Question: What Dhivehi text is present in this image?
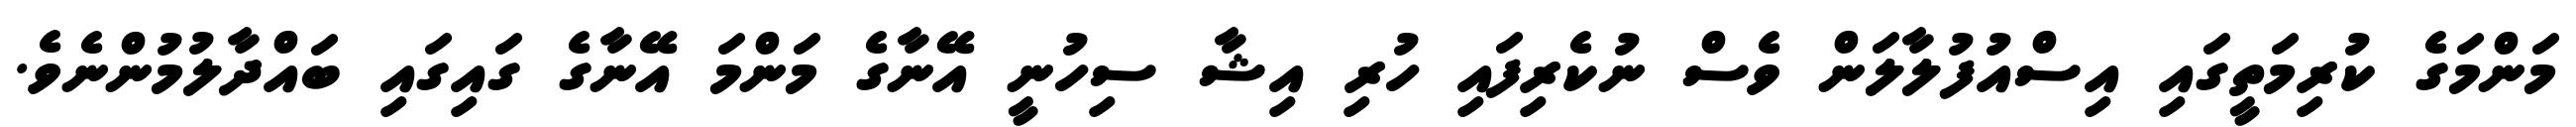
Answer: މަންމަގެ ކުރިމަތީގައި އިސްއުފުލާލަން ވެސް ނުކެރިފައި ހުރި އިޝާ ސިހުނީ އޭނާގެ މަންމަ އޭނާގެ ގައިގައި ބައްދާލުމުންނެވެ.